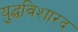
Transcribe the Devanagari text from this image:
युद्धविशारद